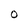
Character: O